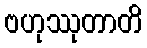
ဗဟုဿုတာတိ